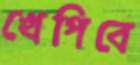
খেপিবে